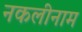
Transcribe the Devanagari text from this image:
नकलीनाम